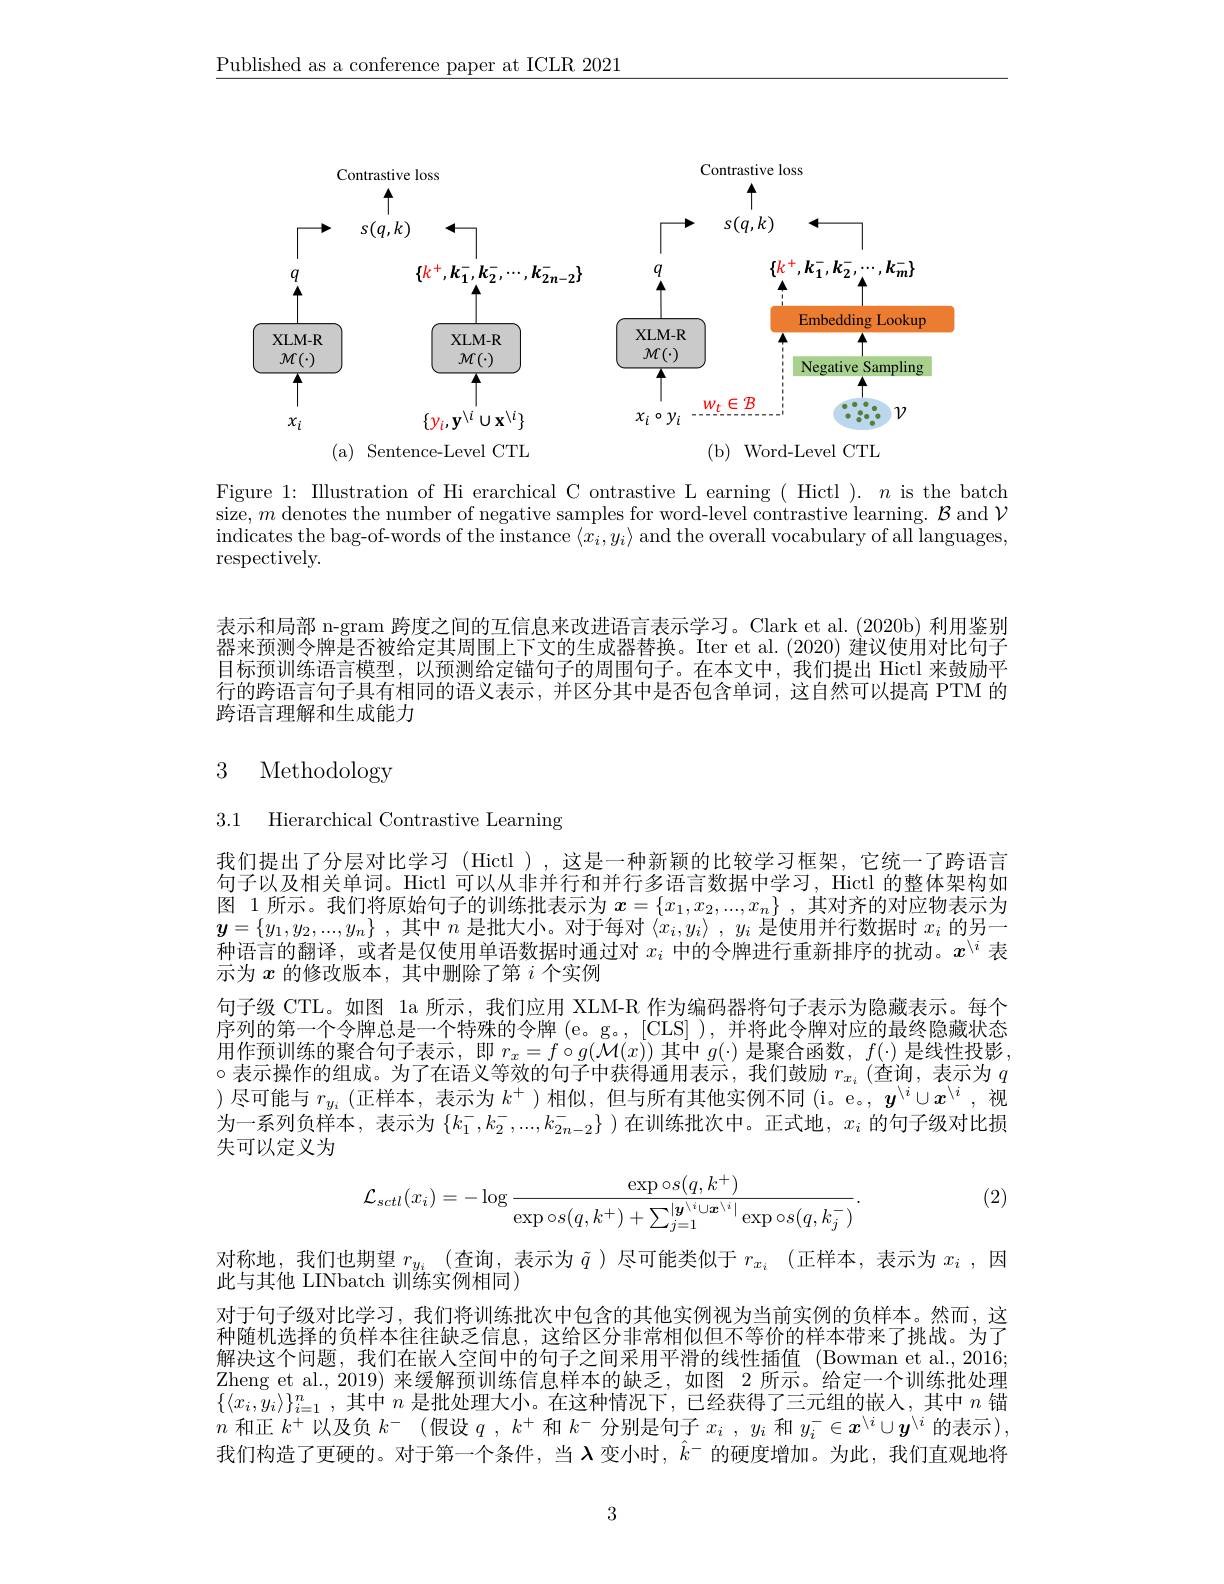
$\underline{\text{Published as a conference paper at ICLR 2021}}$

<FigureHere>
( a) ${\mathrm{~Sentence- Level~CTL}}$
( b) ${\mathrm{Word- Level~CTL}}$

Figure 1: Illustration of Hi erarchical C ontrastive L earning ( Hictl ). $n$ is the batch size, $m$ denotes the number of negative samples for word-level contrastive learning. $\mathcal{B}$ and $\mathcal{V}$ indicates the bag-of-words of the instance $\langle x_i,y_i\rangle$ and the overall vocabulary of all languages, respectively.

表示和局部 n-gram 跨度之间的互信息来改进语言表示学习。Clark et al.(2020b) 利用鉴别器来预测令牌是否被给定其周围上下文的生成器替换。Iter et al.(2020) 建议使用对比句子目标预训练语言模型，以预测给定锚句子的周围句子。在本文中，我们提出 Hictl 来鼓励平行的跨语言句子具有相同的语义表示，并区分其中是否包含单词，这自然可以提高 PTM 的跨语言理解和生成能力

## 3 Methodology

3.1 Hierarchical Contrastive Learning

我们提出了分层对比学习 (Hictl ),这是一种新颖的比较学习框架，它统一了跨语言句子以及相关单词。Hictl 可以从非并行和并行多语言数据中学习，Hictl 的整体架构如图 1 所示。我们将原始句子的训练批表示为$\boldsymbol{x}=\left\{x_1,x_2,...,x_n\right\}$,其对齐的对应物表示为$\boldsymbol{y}=\left\{y_1,y_2,...,y_n\right\}$,其中$n$是批大小。对于每对$\left\langle x_i,y_i\right\rangle,\dot y_i$是使用并行数据时$x_i$的另一种语言的翻译，或者是仅使用单语数据时通过对$x_i$中的令牌进行重新排序的扰动。$x^\backslash i$表示为$x$的修改版本，其中删除了第$i$个实例
句子级 CTL。如图 la 所示，我们应用 XLM-R 作为编码器将句子表示为隐藏表示。每个序列的第一个令牌总是一个特殊的令牌 (e。g。, [CLS] ), 并将此令牌对应的最终隐藏状态用作预训练的聚合句子表示，即$r_x=f\circ g(\mathcal{M}(x))$其中$g(\cdot)$是聚合函数，$f(\cdot)$是线性投影$\circ$表示操作的组成。为了在语义等效的句子中获得通用表示，我们鼓励 $r_x_i$(查询，表示为 $q$ )尽可能与$r_{y_i}$ (正样本，表示为$k^+$ )相似，但与所有其他实例不同 (i。e。, $\boldsymbol{y}^\backslash i\cup\boldsymbol{x}^\backslash i$ ,视为一系列负样本，表示为$\{k_1^-,k_2^-,...,k_{2n-2}^-\}$ )在训练批次中。正式地，$x_i$的句子级对比损失可以定义为

(2)
$$\mathcal{L}_{sctl}(x_i)=-\log\frac{\exp\circ s(q,k^+)}{\exp\circ s(q,k^+)+\sum_{j=1}^{|\boldsymbol{y}^{\setminus i}\cup\boldsymbol{x}^{\setminus i}|}\exp\circ s(q,k_j^-)}.$$
对称地，我们也期望$r_y_i$ (查询，表示为$\tilde{q}$ )尽可能类似于$r_x_i$ (正样本，表示为$x_i$ ,因
此与其他 LINbatch 训练实例相同为
对于句子级对比学习，我们将训练批次中包含的其他实例视为当前实例的负样本。然而，这种随机选择的负样本往往缺乏信息，这给区分非常相似但不等价的样本带来了挑战。为了解决这个问题，我们在嵌人空间中的句子之间采用平滑的线性插值(Bowman et al.,2016; Zheng et al., 2019) 来缓解预训练信息样本的缺乏，如图 2 所示。给定一个训练批处理$\{ \langle x_i, y_i\rangle \} _{i= 1}^n$ ,其中$n$是批处理大小。在这种情况下，已经获得了三元组的嵌入，其中$n$锚$n$和正$k^+$以及负$k^-$ (假设$q,k^+$和$k^-$分别是句子$x_i,y_i$和$y_i^-\in\boldsymbol{x}^\backslash i\cup\boldsymbol{y}^\backslash i$的表示), 我们构造了更硬的。对于第一个条件，当$\lambda$变小时，$\hat{k}^-$的硬度增加。为此，我们直观地将

3